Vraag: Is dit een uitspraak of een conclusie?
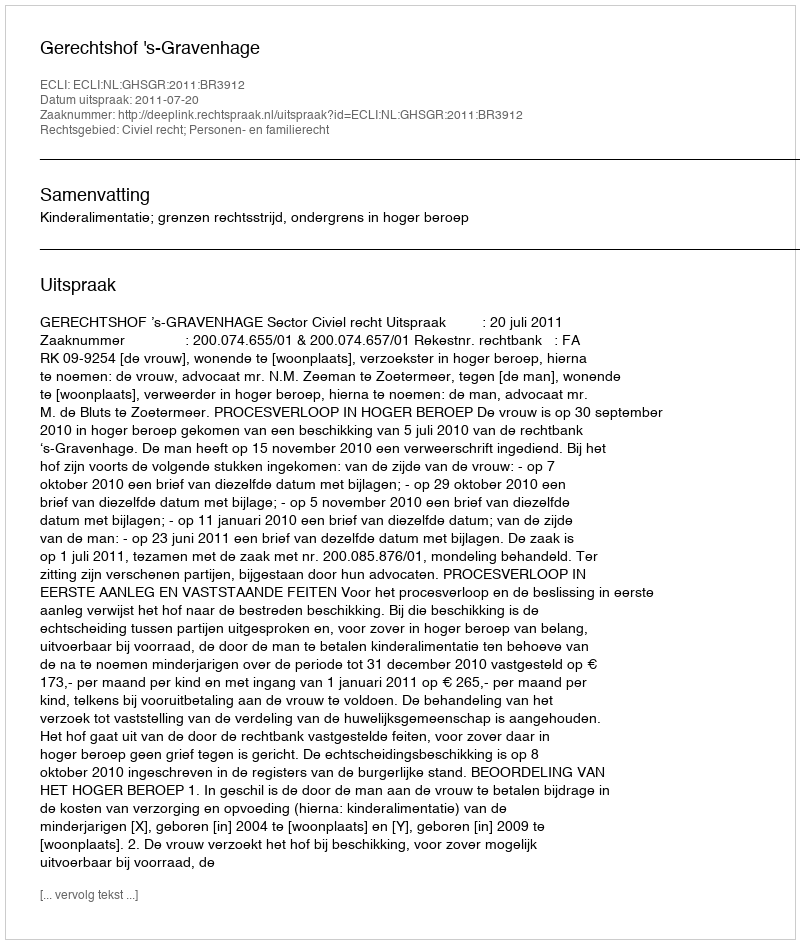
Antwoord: Uitspraak